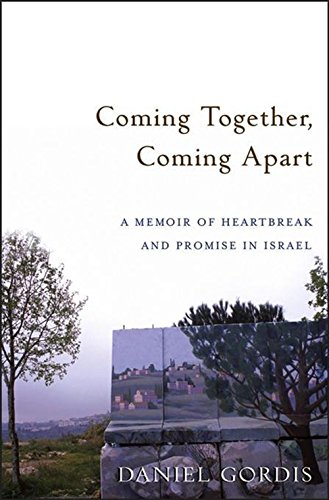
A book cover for Coming Together, Coming Apart: A Memoir of Heartbreak and Promise in Israel; Daniel Gordis; Travel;